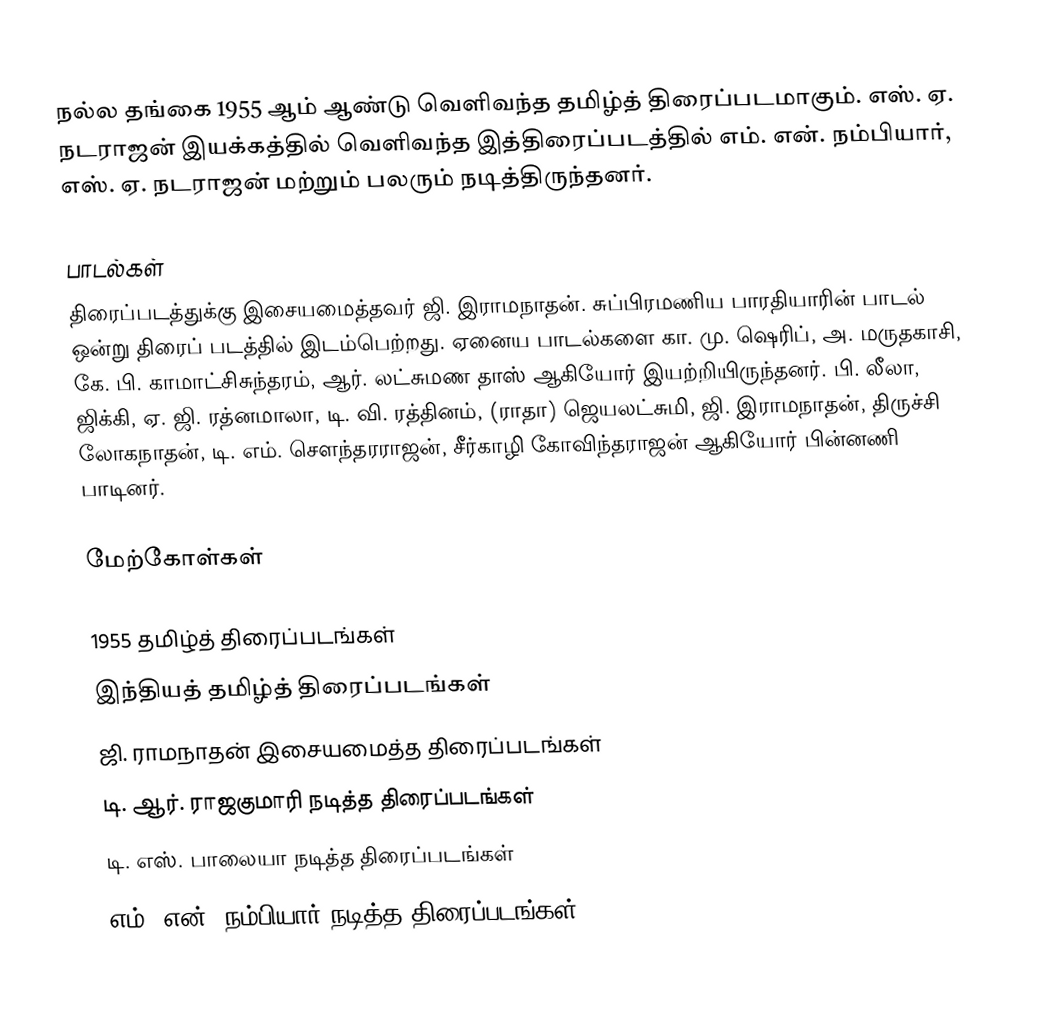
நல்ல தங்கை 1955 ஆம் ஆண்டு வெளிவந்த தமிழ்த் திரைப்படமாகும். எஸ். ஏ. நடராஜன் இயக்கத்தில் வெளிவந்த இத்திரைப்படத்தில் எம். என். நம்பியார், எஸ். ஏ. நடராஜன் மற்றும் பலரும் நடித்திருந்தனர்.

பாடல்கள்
திரைப்படத்துக்கு இசையமைத்தவர் ஜி. இராமநாதன். சுப்பிரமணிய பாரதியாரின் பாடல் ஒன்று திரைப் படத்தில் இடம்பெற்றது. ஏனைய பாடல்களை கா. மு. ஷெரிப், அ. மருதகாசி, கே. பி. காமாட்சிசுந்தரம், ஆர். லட்சுமண தாஸ் ஆகியோர் இயற்றியிருந்தனர். பி. லீலா, ஜிக்கி, ஏ. ஜி. ரத்னமாலா, டி. வி. ரத்தினம், (ராதா) ஜெயலட்சுமி, ஜி. இராமநாதன், திருச்சி லோகநாதன், டி. எம். சௌந்தரராஜன், சீர்காழி கோவிந்தராஜன் ஆகியோர் பின்னணி பாடினர்.

மேற்கோள்கள்

1955 தமிழ்த் திரைப்படங்கள்
இந்தியத் தமிழ்த் திரைப்படங்கள்
ஜி. ராமநாதன் இசையமைத்த திரைப்படங்கள்
டி. ஆர். ராஜகுமாரி நடித்த திரைப்படங்கள்
டி. எஸ். பாலையா நடித்த திரைப்படங்கள்
எம். என். நம்பியார் நடித்த திரைப்படங்கள்